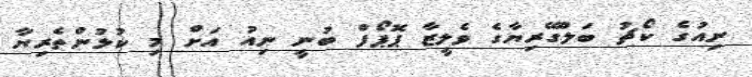
ނިއުގެ ކޯޗު ބަލްގޭރިޔާގެ ވެލީޒާ ޕޮޕޯފް ބުނީ ނިއު އަށް މި ކުޅުންތެރިޔާ